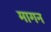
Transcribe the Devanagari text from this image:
मागन